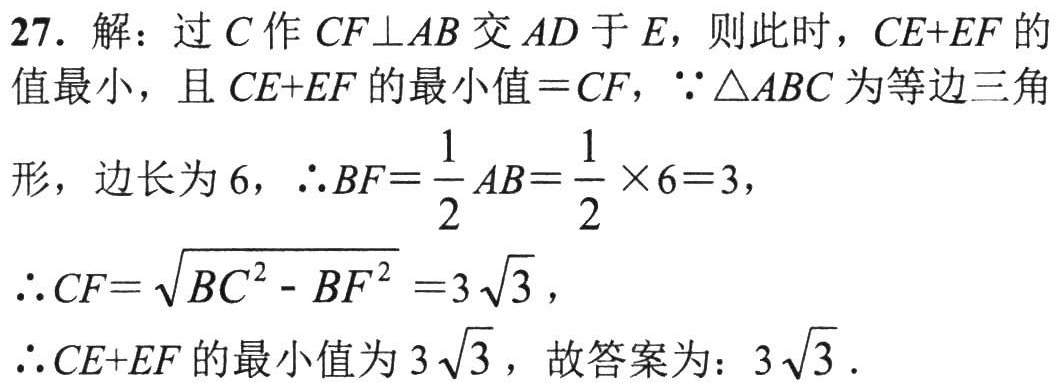
27. 解：过\(C\)作\(CF\perp AB\)交\(AD\)于\(E\)，则此时，\(CE + EF\)的值最小，且\(CE + EF\)的最小值\(=CF\)，\(\because\triangle ABC\)为等边三角形，边长为\(6\)，\(\therefore BF = \dfrac{1}{2}AB=\dfrac{1}{2}\times6 = 3\)，
\(\therefore CF=\sqrt{BC^{2}-BF^{2}} = 3\sqrt{3}\)，
\(\therefore CE + EF\)的最小值为\(3\sqrt{3}\)，故答案为：\(3\sqrt{3}\).